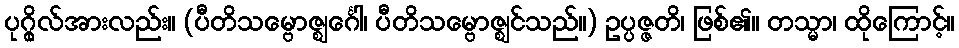
ပုဂ္ဂိုလ်အားလည်း။ (ပီတိသမ္ဗောဇ္ဈင်္ဂေါ၊ ပီတိသမ္ဗောဇ္ဈင်သည်။) ဥပ္ပဇ္ဇတိ၊ ဖြစ်၏။ တသ္မာ၊ ထိုကြောင့်။